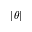
| \theta |